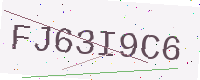
Text: FJ63I9C6